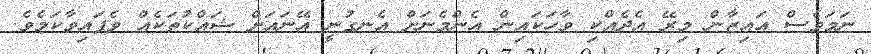
ނަމަވެސް އައިޒާން މިރޭ އެދެއްކި ވާހަކައިން އެންމެނަށް އެނގުނީ އޭނައަށް ޝައްކުތަކެއް ވެފައިވާކަމެވެ.